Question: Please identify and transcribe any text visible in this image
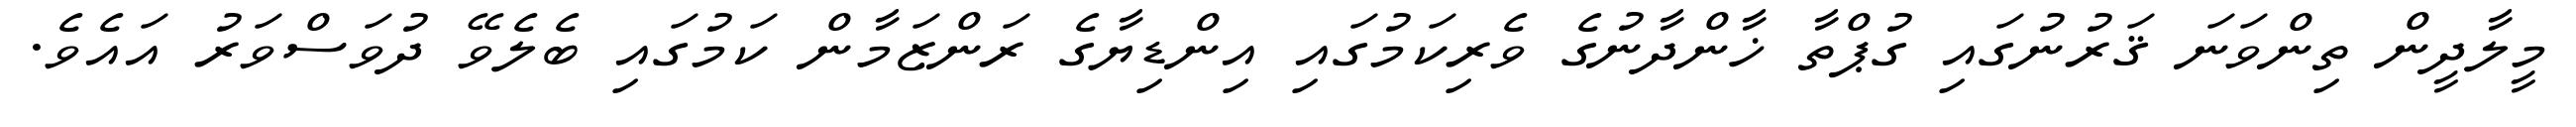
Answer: މީލާދީން ތިންވަނަ ޤަރުނުގައި ގުޕްތާ ޚާންދާނުގެ ވެރިކަމުގައި އިންޑިޔާގެ ރަންޒަމާން ކަމުގައި ބެލެވޭ ދުވަސްވަރު އައެވެ.